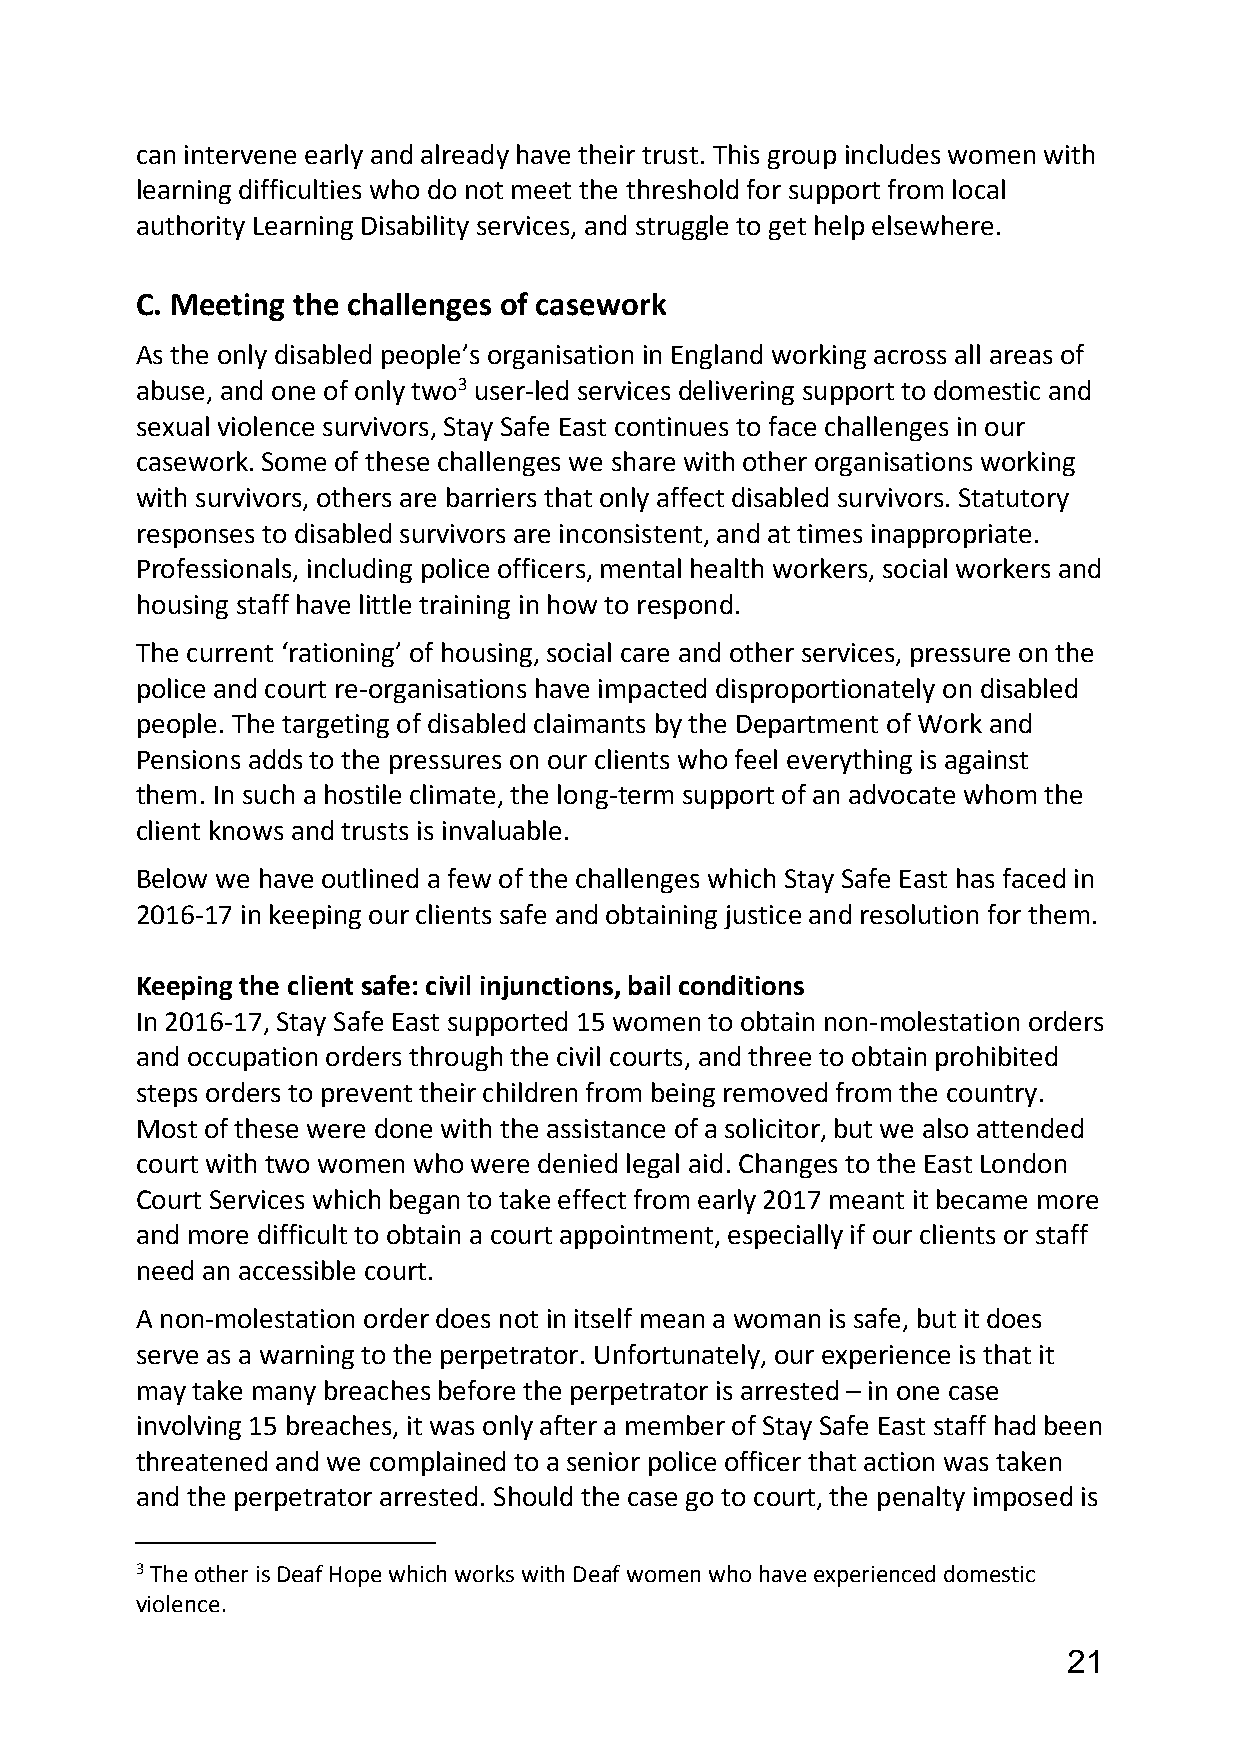
can intervene early and already have their trust. This group includes women with
 learning difficulties who do not meet the threshold for support from local
 authority Learning Disability services, and struggle to get help elsewhere.
 C. Meeting the challenges of casework
 As the only disabled people’s organisation in England working across all areas of
 abuse, and one of only two3 user-led services delivering support to domestic and
 sexual violence survivors, Stay Safe East continues to face challenges in our
 casework. Some of these challenges we share with other organisations working
 with survivors, others are barriers that only affect disabled survivors. Statutory
 responses to disabled survivors are inconsistent, and at times inappropriate.
 Professionals, including police officers, mental health workers, social workers and
 housing staff have little training in how to respond.
 The current ‘rationing’ of housing, social care and other services, pressure on the
 police and court re-organisations have impacted disproportionately on disabled
 people. The targeting of disabled claimants by the Department of Work and
 Pensions adds to the pressures on our clients who feel everything is against
 them. In such a hostile climate, the long-term support of an advocate whom the
 client knows and trusts is invaluable.
 Below we have outlined a few of the challenges which Stay Safe East has faced in
 2016-17 in keeping our clients safe and obtaining justice and resolution for them.
 Keeping the client safe: civil injunctions, bail conditions
 In 2016-17, Stay Safe East supported 15 women to obtain non-molestation orders
 and occupation orders through the civil courts, and three to obtain prohibited
 steps orders to prevent their children from being removed from the country.
 Most of these were done with the assistance of a solicitor, but we also attended
 court with two women who were denied legal aid. Changes to the East London
 Court Services which began to take effect from early 2017 meant it became more
 and more difficult to obtain a court appointment, especially if our clients or staff
 need an accessible court.
 A non-molestation order does not in itself mean a woman is safe, but it does
 serve as a warning to the perpetrator. Unfortunately, our experience is that it
 may take many breaches before the perpetrator is arrested – in one case
 involving 15 breaches, it was only after a member of Stay Safe East staff had been
 threatened and we complained to a senior police officer that action was taken
 and the perpetrator arrested. Should the case go to court, the penalty imposed is
 3 The other is Deaf Hope which works with Deaf women who have experienced domestic
 violence.
 21